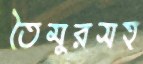
তৈমুরসহ